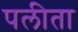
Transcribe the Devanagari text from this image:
पलीता